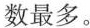
数最多。